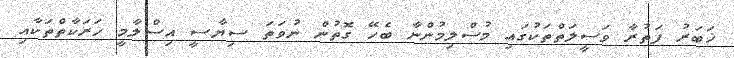
ޚަބަރު ފަތުރާ ވަސީލަތްތަކުގައި މުސްލިމުންނާ ބެހޭ ގޮތުން ނުވަތަ ސިޔާސީ އިސްލާމީ ހަރަކާތްތަކާއި